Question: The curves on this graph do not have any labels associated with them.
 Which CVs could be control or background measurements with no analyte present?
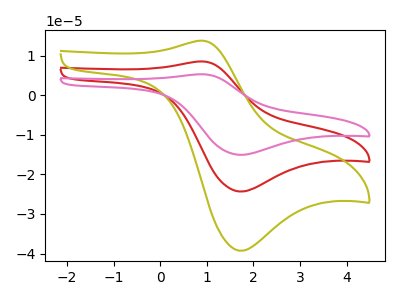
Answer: <think>The red curve "red" has an anodic peak at (0.90V, 8.50uA) and a cathodic peak at (1.70V, -24.35uA). The olive curve "olive" has an anodic peak at (0.90V, 13.75uA) and a cathodic peak at (1.70V, -39.30uA). The pink curve "pink" has an anodic peak at (0.90V, 17.05uA) and a cathodic peak at (1.70V, -48.70uA).</think>
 <answer>There are not any CV's on this graph that are likely to be blanks.</answer>
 <eval>none</eval>